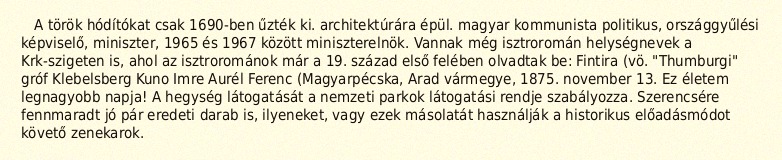
A török hódítókat csak 1690-ben űzték ki. architektúrára épül. magyar kommunista politikus, országgyűlési képviselő, miniszter, 1965 és 1967 között miniszterelnök. Vannak még isztroromán helységnevek a Krk-szigeten is, ahol az isztrorománok már a 19. század első felében olvadtak be: Fintira (vö. "Thumburgi" gróf Klebelsberg Kuno Imre Aurél Ferenc (Magyarpécska, Arad vármegye, 1875. november 13. Ez életem legnagyobb napja! A hegység látogatását a nemzeti parkok látogatási rendje szabályozza. Szerencsére fennmaradt jó pár eredeti darab is, ilyeneket, vagy ezek másolatát használják a historikus előadásmódot követő zenekarok.